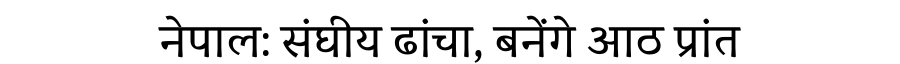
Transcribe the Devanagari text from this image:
नेपाल: संघीय ढांचा, बनेंगे आठ प्रांत